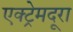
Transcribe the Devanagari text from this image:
एक्ट्रेमदूरा